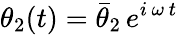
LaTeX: \theta_{2}(t)=\bar{\theta}_{2}\, e^{i\, \omega\, t}